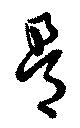
骨